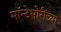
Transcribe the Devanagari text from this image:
मॉन्टेसोरींच्या